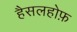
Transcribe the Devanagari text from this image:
हैसलहोफ़